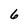
Character: 6